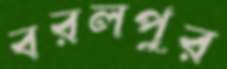
বরলপুর